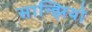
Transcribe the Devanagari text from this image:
सान्झियो